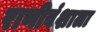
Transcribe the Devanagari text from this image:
राणीवंशाला